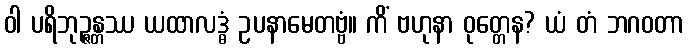
ဝါ ပရိဘုဉ္ဇန္တဿ ယထာလဒ္ဓံ ဥပနာမေတဗ္ဗံ။ ကိံ ဗဟုနာ ဝုတ္တေန? ယံ တံ ဘဂဝတာ